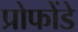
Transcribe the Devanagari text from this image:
प्रोफोंडे